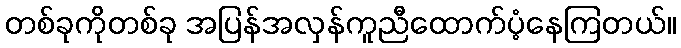
တစ်ခုကိုတစ်ခု အပြန်အလှန်ကူညီထောက်ပံ့နေကြတယ်။